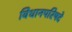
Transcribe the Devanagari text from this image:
विधानपरिषदे